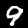
Digit: 9